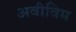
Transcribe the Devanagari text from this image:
अवीविम